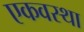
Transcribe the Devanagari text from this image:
एकवस्था